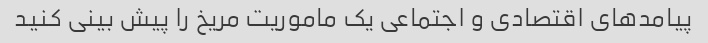
پیامدهای اقتصادی و اجتماعی یک ماموریت مریخ را پیش بینی کنید